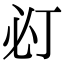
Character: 𢗈